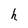
Character: h